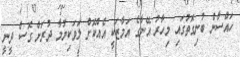
ހައްސާން ބުނިގޮތުގައި މިހާރު އޭނާގެ އަމާޒަކީ އެއްކޮށް ލަވަކިޔުމާ ދުރަށް ގޮސް ދީނީ